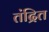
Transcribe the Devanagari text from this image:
तंद्रित